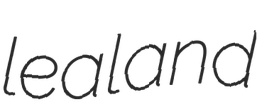
lealand